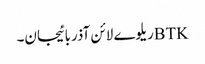
BTKریلوے لائن آذربائیجان۔